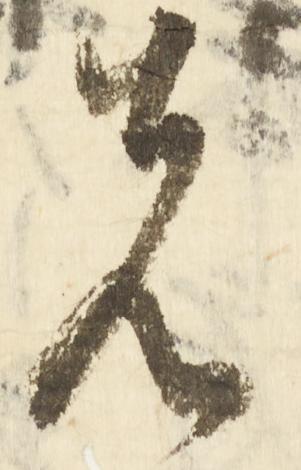
先